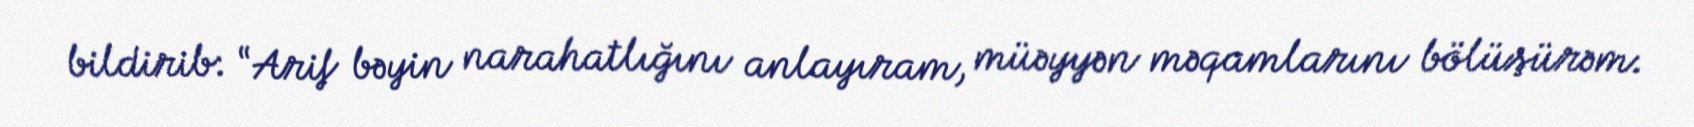
bildirib: “Arif bəyin narahatlığını anlayıram, müəyyən məqamlarını bölüşürəm.